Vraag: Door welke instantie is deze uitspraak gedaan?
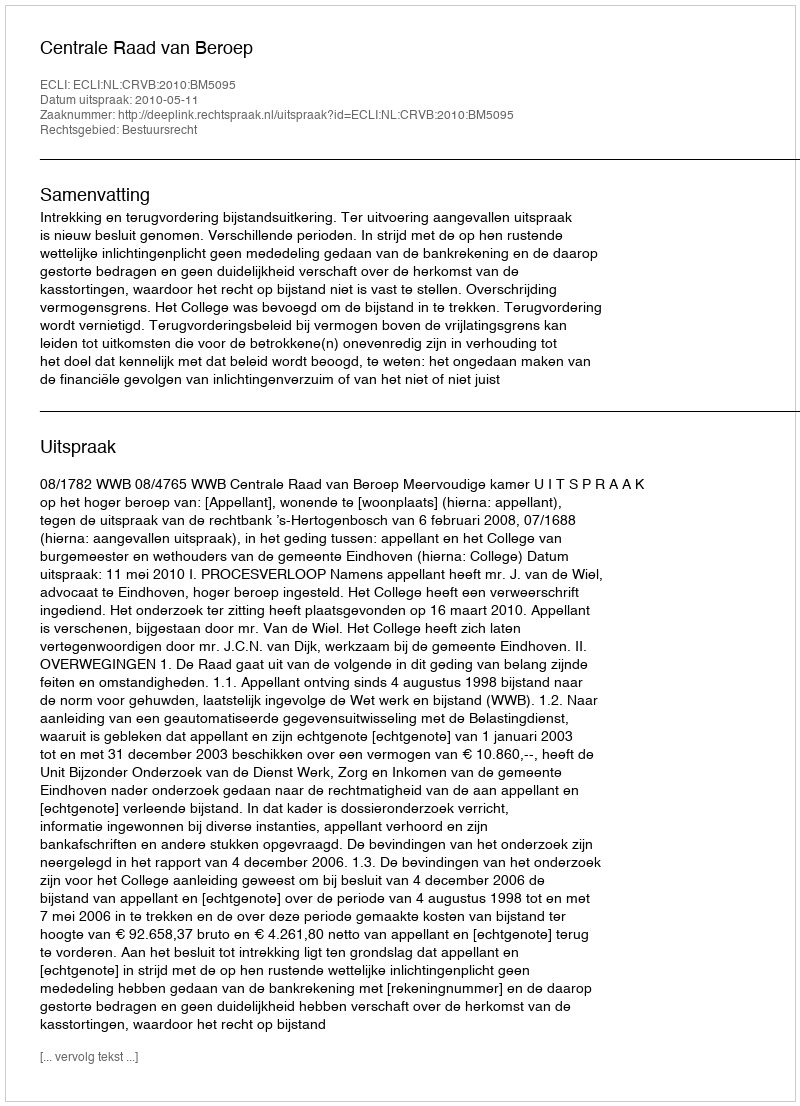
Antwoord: Centrale Raad van Beroep